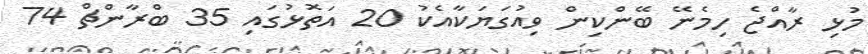
މުޅި ރާއްޖެ ހިމެނޭ ބޭންކިން ވިއުގަޔަކާއެކު 20 އަތޮޅުގައި 35 ބްރާންޗް 74